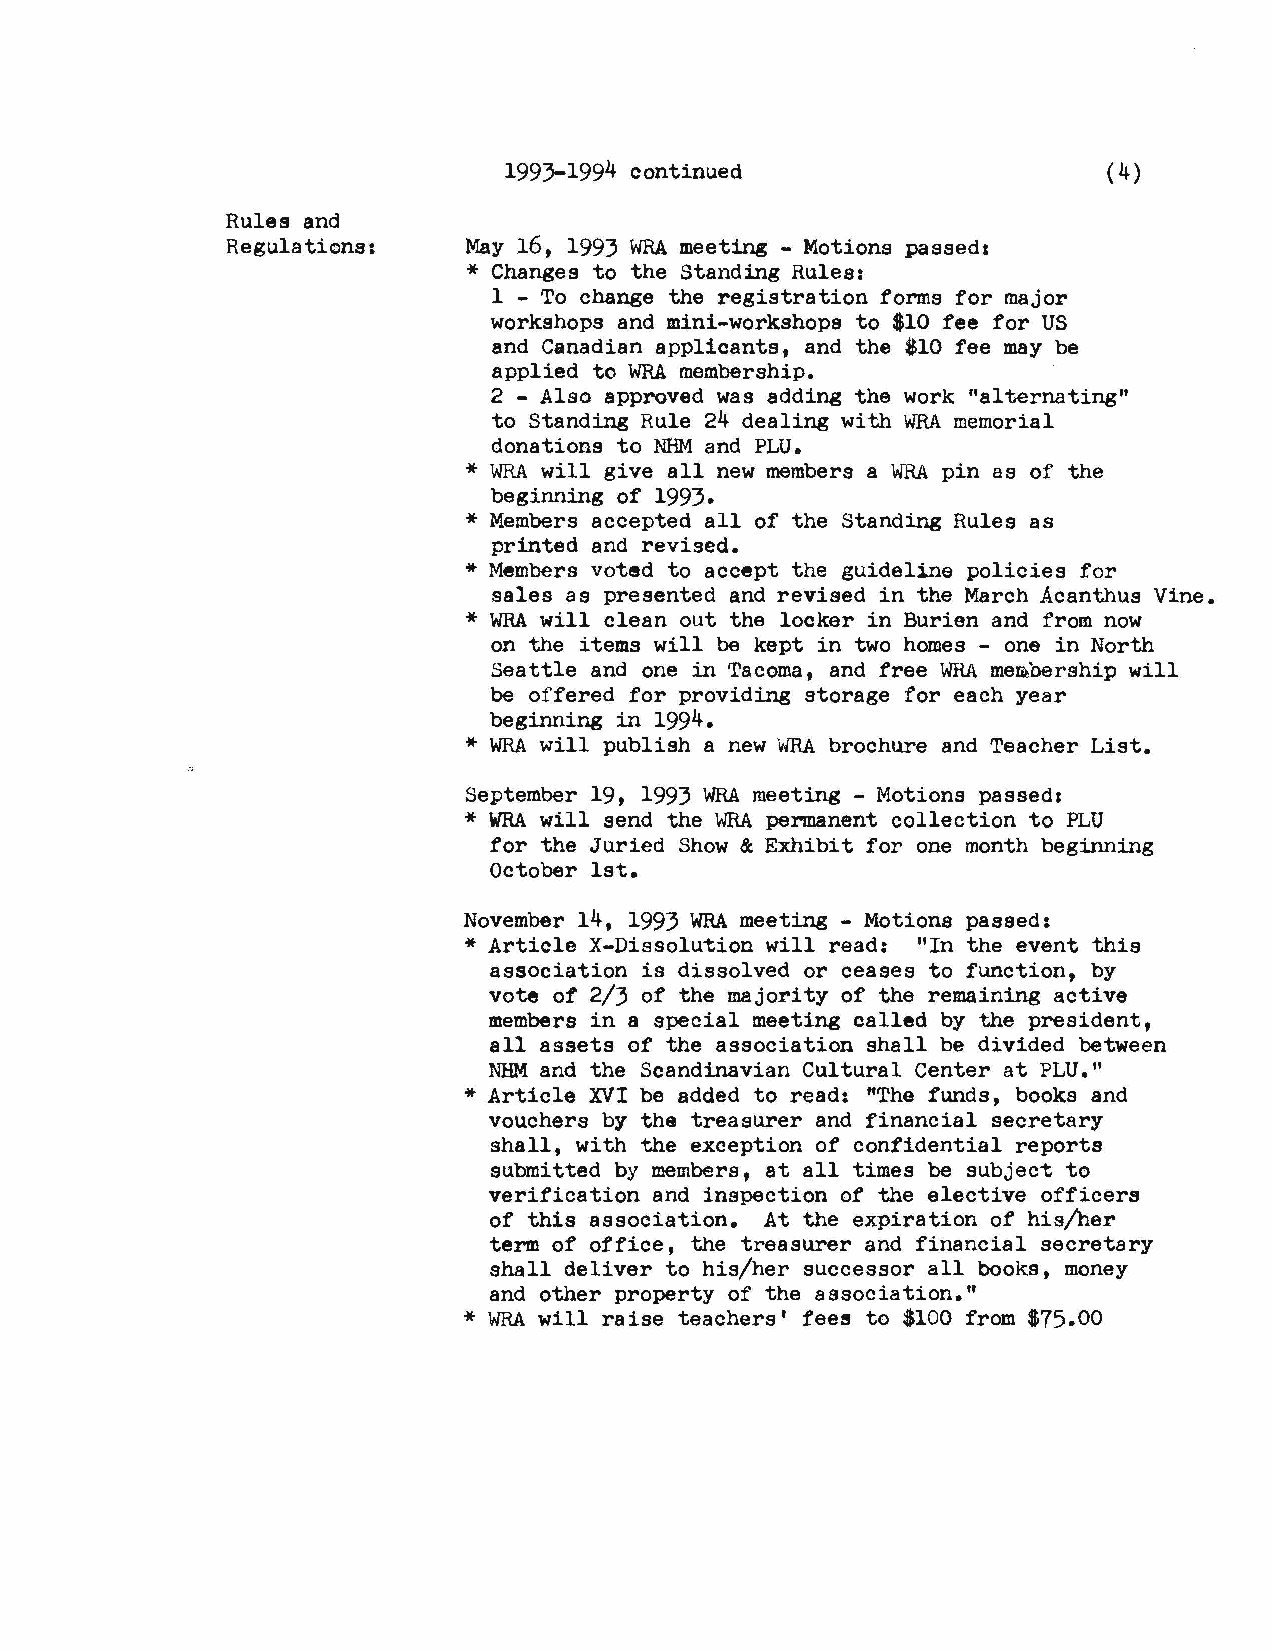
1993-1994 continued                     (4)
 Rules and
 Regulations:    May 16, 1993 WRAm eeting - Motions passed,
 * Changes to the Standing Rules:
 1 - To change the registration forms for major
 workshops and mini-workshops to $10 fee for US
 and Canadian applicants, and the $10 fee may be
 applied to WRAm embership.
 2 - Also approved was adding the work "alternating"
 to Standing Rule 24 dealing with WRAm emorial
 donations to NHMa nd PLU.
 * WRAw ill give all new members a WRAp in as of the
 beginning of 1993.
 * Members accepted all of the Standing Rules as
 printed and revised.
 * Members voted to accept the guideline policies for
 sales as presented and revised in the March Acanthus Vine.
 * WRAw ill clean out the locker in Burien and from now
 on the items will be kept in two homes - one in North
 Seattle and one in Tacoma, and free WRAm e~bership will
 be offered for providing storage for each year
 beginning in 1994.
 * WRAw ill publish a new WRAb rochure and Teacher List.
 September 19, 1993 WRAm eeting - Motions passed,
 * WRAw ill send the WRAp ermanent collection to PLU
 for the Juried Show & Exhibit for one month beginning
 October 1st.
 November 14, 1993 WRAm eeting - Motions passed:
 * Article X-Dissolution will read: "In the event this
 association is dissolved or ceases to function, by
 vote of 2/3 of the majority of the remaining active
 members in a special meeting called by the president,
 all assets of the association shall be divided between
 NHMa nd the Scandinavian Cultural Center at PLU."
 * Article XVI be added to read: "The funds, books and
 vouchers by the treasurer and financial secretary
 shall, with the exception of confidential reports
 submitted by members, at all times be subject to
 verification and inspection of the elective officers
 of this association. At the expiration of his/her
 term of office, the treasurer and financial secretary
 shall deliver to his/her successor all books, money
 and other property of the association."
 * WRAw ill raise teachers' fees to $100 from $75.00